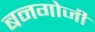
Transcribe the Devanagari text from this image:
बनगोजी